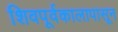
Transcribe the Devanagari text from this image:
शिवपूर्वकालापासून